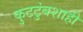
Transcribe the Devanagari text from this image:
कुटटुंबशाही